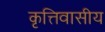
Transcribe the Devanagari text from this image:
कृत्तिवासीय